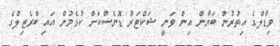
ވިޑާލްގެ އިތުރުން ބަޔާން އިން ވަނީ ޝަކްޓަރު ޑޮނެސްކަށް ކުޅެމުން އައި ބްރެޒިލްގެ